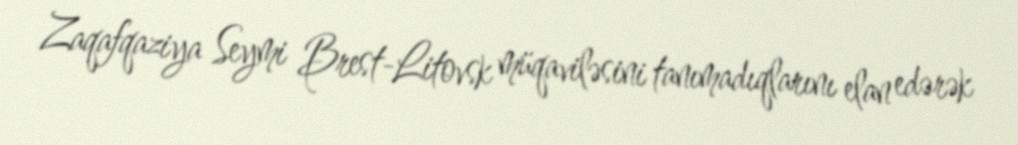
Zaqafqaziya Seymi Brest-Litovsk müqaviləsini tanımadıqlarını elan edərək